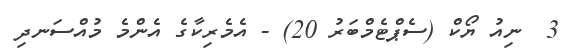
3  ނިއު ޔޯކް (ސެޕްޓެމްބަރު 20) - އެމެރިކާގެ އެންމެ މުއްސަނދި